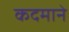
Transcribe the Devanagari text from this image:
कदमाने